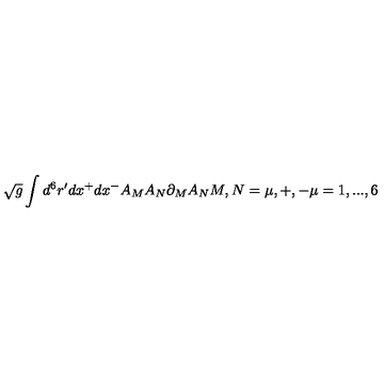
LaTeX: \sqrt { g } \int d ^ { 6 } r ^ { \prime } d x ^ { + } d x ^ { - } A _ { M } A _ { N } \partial _ { M } A _ { N } M , N = \mu , + , - \mu = 1 , . . . , 6